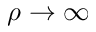
\rho \rightarrow \infty